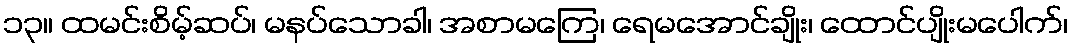
၁၃။ ထမင်းစိမ့်ဆပ်၊ မနပ်သောခါ၊ အစာမကြေ၊ ရေမအောင်ချိုး၊ ထောင်ပျိုးမပေါက်၊